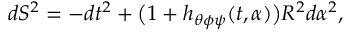
d S ^ { 2 } = - d t ^ { 2 } + \bigl ( 1 + h _ { \theta \phi \psi } ( t , \alpha ) \bigr ) R ^ { 2 } d \alpha ^ { 2 } ,